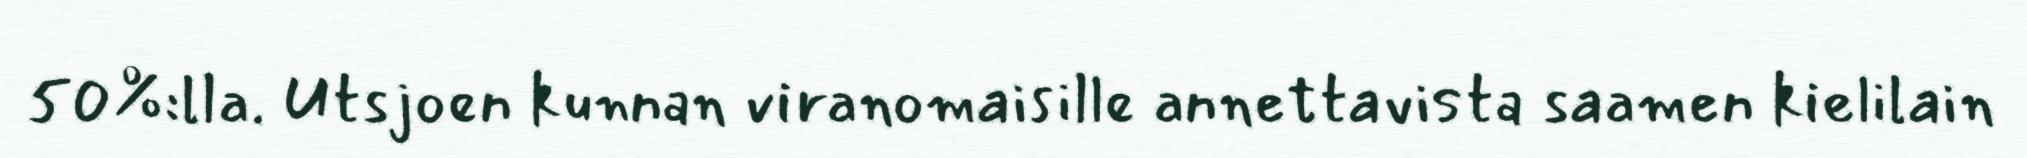
50%:lla. Utsjoen kunnan viranomaisille annettavista saamen kielilain